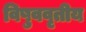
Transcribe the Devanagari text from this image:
विषुववृतीय